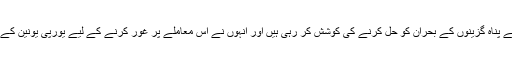
ادھر جرمن چانسلر یورپی سربراہوں کے تعاون سے پناہ گزینوں کے بحران کو حل کرنے کی کوشش کر رہی ہیں اور انہوں نے اس معاملے پر غور کرنے کے لیے یورپی یونین کے اہم ملکوں کا اجلاس بلانے کا مطالبہ بھی کیا ہے۔